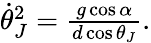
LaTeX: \begin{array}{r}{\dot{\theta}_{J}^{2}=\frac{g\cos\alpha}{d\cos\theta_{J}}.}\end{array}